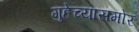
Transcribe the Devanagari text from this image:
गुहेच्यासमोर